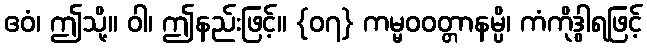
ဧဝံ၊ ဤသို့။ ဝါ၊ ဤနည်းဖြင့်။ {၀၇} ကမ္မဝဝတ္တာနမ္ပိ၊ ကံကိုဒွါရဖြင့်